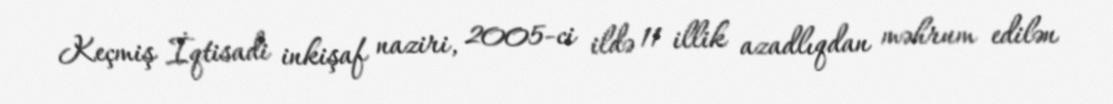
Keçmiş İqtisadi inkişaf naziri, 2005-ci ildə 11 illik azadlıqdan məhrum edilən